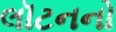
લૉટનનો